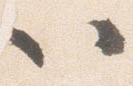
以